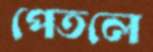
পেতলে